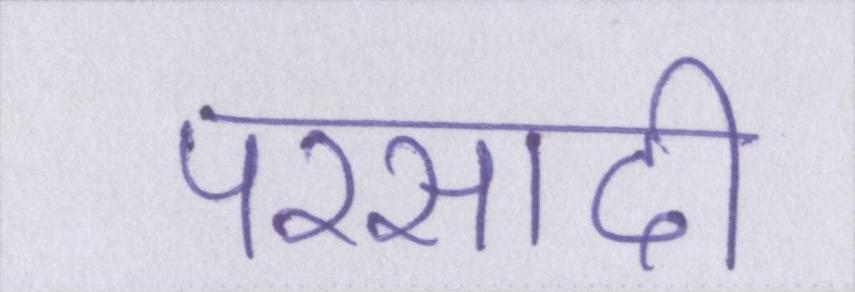
परसादी